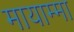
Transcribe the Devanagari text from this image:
मायाम्मा